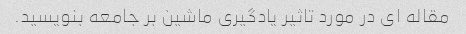
مقاله ای در مورد تاثیر یادگیری ماشین بر جامعه بنویسید.